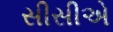
સીસીએ